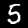
Label: 5